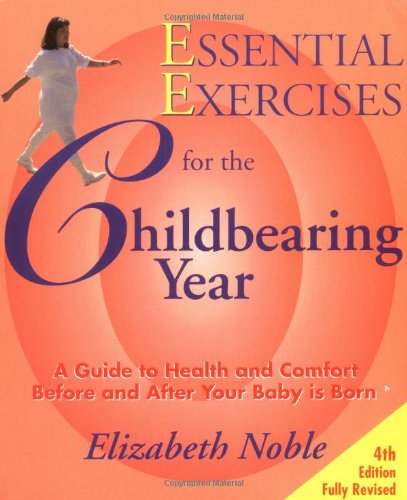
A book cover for Essential Exercises for the Childbearing Year: A Guide to Health and Comfort Before and After Your Baby Is Born; Elizabeth Noble; Health, Fitness & Dieting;